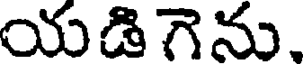
యడిగెను,